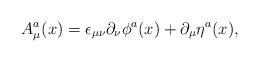
LaTeX: \begin{align*}A_\mu^a(x)=\epsilon_{\mu\nu}\partial_{\nu}\phi^a(x)+ \partial_\mu\eta^a(x),\end{align*}